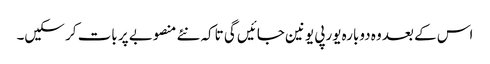
اس کے بعد وہ دوبارہ یورپی یونین جائیں گی تاکہ نئے منصوبے پر بات کر سکیں۔